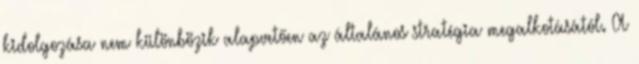
kidolgozása nem különbözik alapvetően az általános stratégia megalkotásától. A